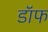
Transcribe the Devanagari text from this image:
डॉफ